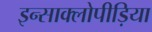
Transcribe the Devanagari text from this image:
इन्साक्लोपीड़िया